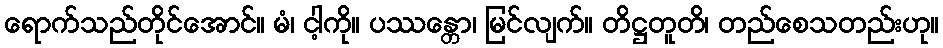
ရောက်သည်တိုင်အောင်။ မံ၊ ငါ့ကို။ ပဿန္တော၊ မြင်လျက်။ တိဋ္ဌတူတိ၊ တည်စေသတည်းဟု။